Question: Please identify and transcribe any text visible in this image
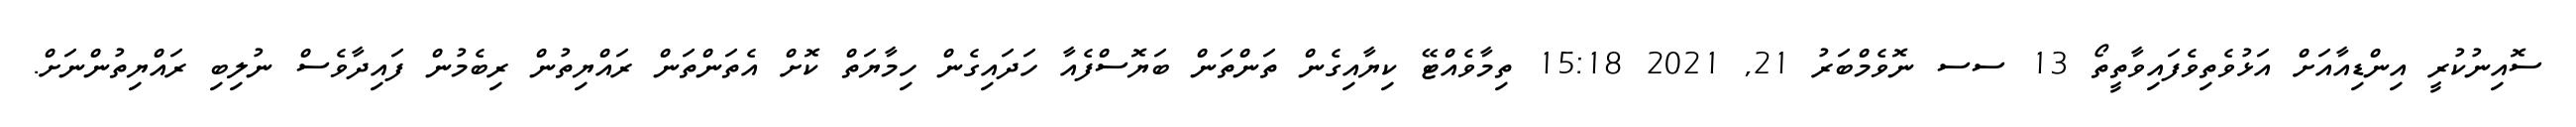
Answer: ސޮއިނުކުރީ އިންޑިއާއަށް އަޅުވެތިވެފައިވާތީތޯ 13 ސސ ނޮވެމްބަރު 21, 2021 15:18 ތިމާވެއްޓޭ ކިޔާއިގެން ތަންތަން ބަޔޮސްފެއާ ހަދައިގެން ހިމާޔަތް ކޮށް އެތަންތަން ރައްޔިތުން ރިބެމުން ފައިދާވެސް ނުލިބި ރައްޔިތުންނަށް.